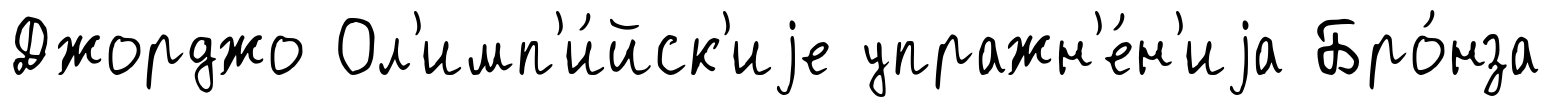
Джорджо Ол'имп'и́йск'иjе упражн'е́н'иjа Бро́нза